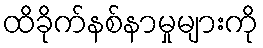
ထိခိုက်နစ်နာမှုများကို